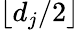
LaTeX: \lfloor d_{j}/2\rfloor